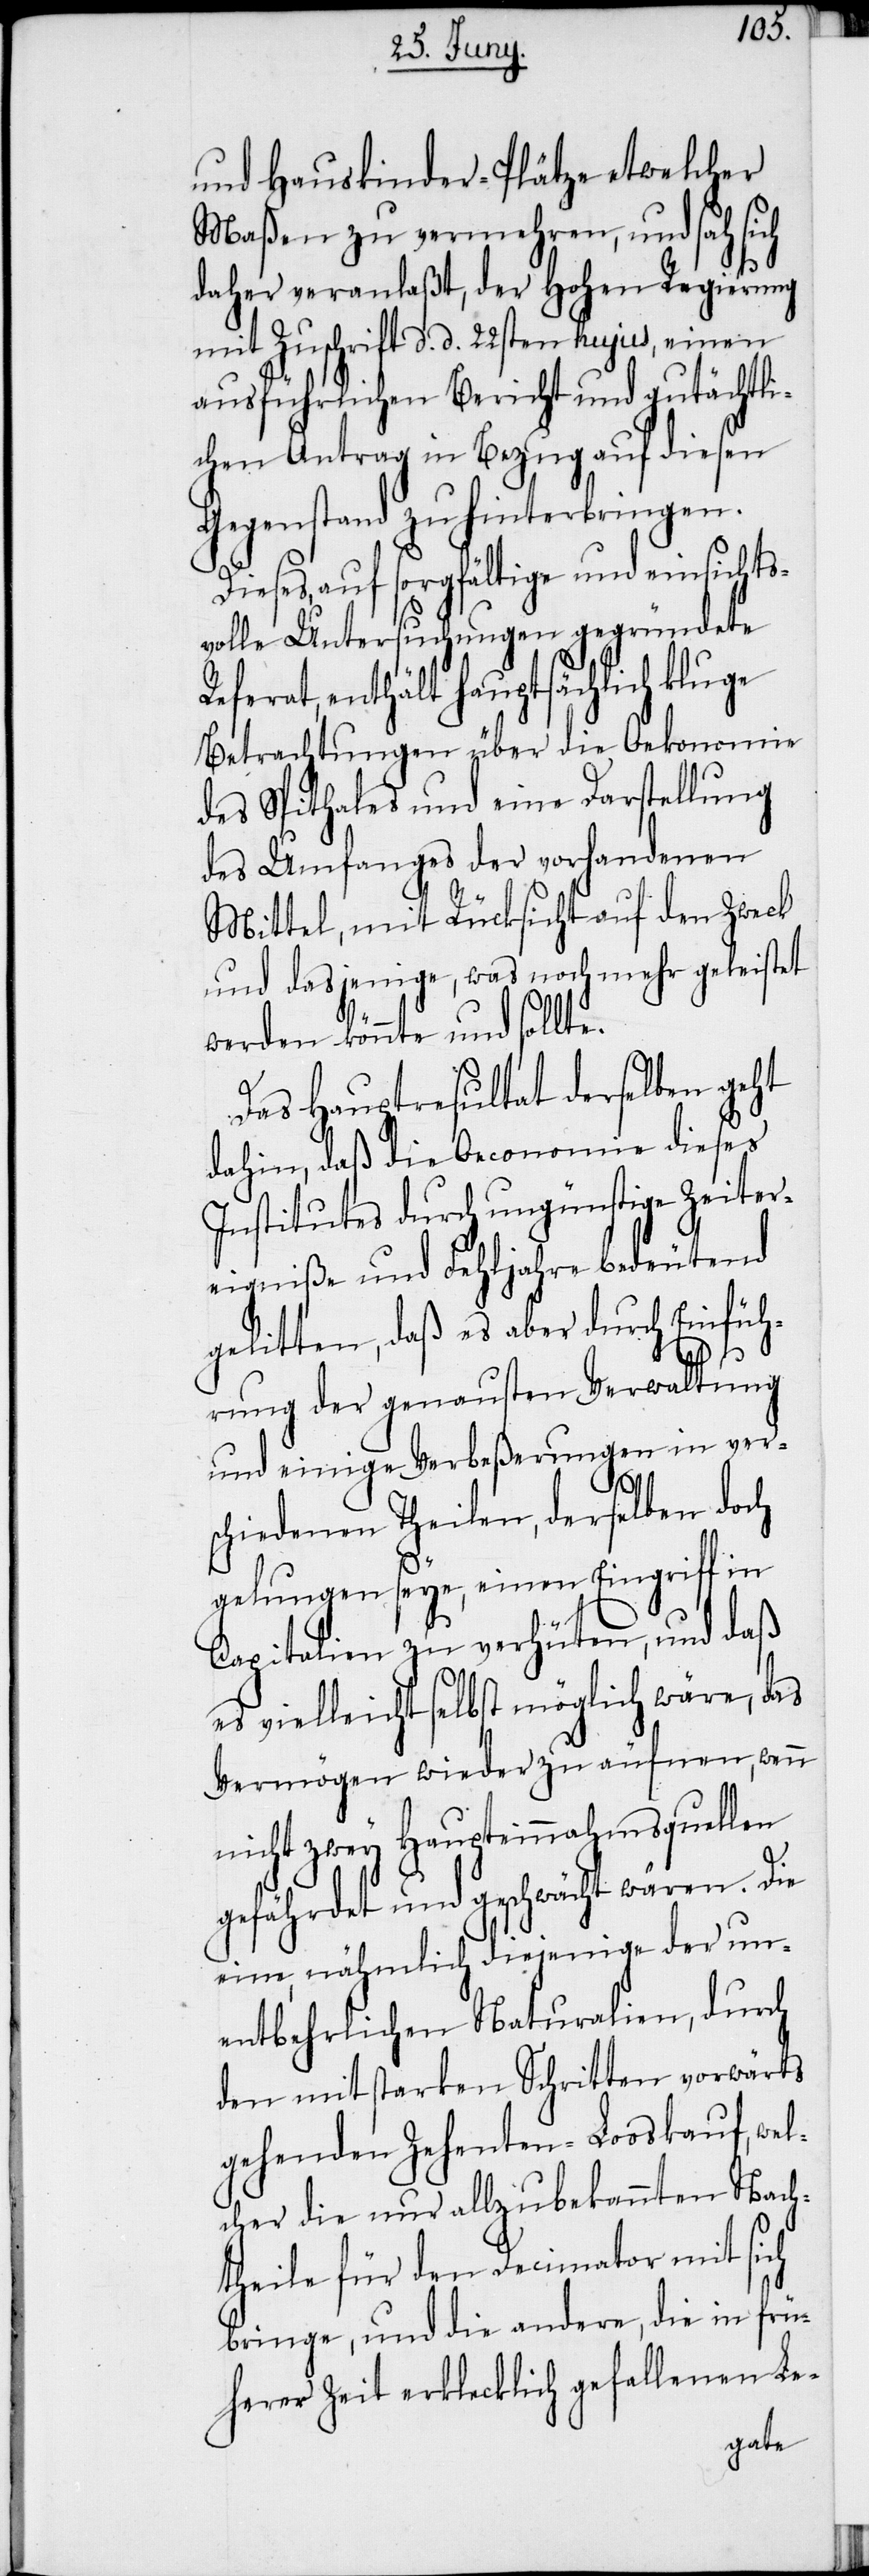
und Hauskinder-Plätze etwelcher
Maßen zu vermehren, und sah sich
daher veranlaßt, der Hohen Regierung
mit Zuschrift d. d. 22sten hujus, einen
ausführlichen Bericht und gutächtli¬
chen Antrag in Bezug auf diesen
Gegenstand zu hinterbringen.
Dieses, auf sorgfältige und einsichts¬
volle Untersuchungen gegründete
Referat, enthält hauptsächlich kluge
Betrachtungen über die Oekonomie
des Spithales und eine Darstellung
des Umfanges der vorhandenen
Mittel, mit Rücksicht auf den Zweck
und dasjenige, was noch mehr geleistet
werden könnte und sollte.
Das Hauptresultat derselben geht
dahin, daß die Oeconomie dieses
Institutes durch ungünstige Zeiter¬
eigniße und Fehljahre bedeutend
gelitten, daß es aber durch Einfüh¬
rung der genausten Verwaltung
und einige Verbeßerungen in ver¬
schiedenen Theilen, derselben doch
gelungen seye, einen Eingriff in
Capitalien zu verhüten, und daß
es vielleicht selbst möglich wäre, das
Vermögen wieder zu äufnen, wenn
nicht zwey Haupteinnahmsquellen
gefährdet und geschwächt wären. Die
eine, nähmlich diejenige der un¬
entbehrlichen Naturalien, durch
den mit starken Schritten vorwärts
gehenden Zehenten-Looskauf, wel¬
cher die nur allzubekannten Nach¬
theile für den Decimator mit sich
bringe, und die andere, die in frü¬
herer Zeit erklecklich gefallenen Le-